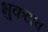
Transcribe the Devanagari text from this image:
भुकटाव